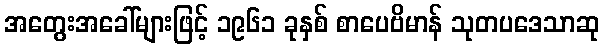
အတွေးအခေါ်များဖြင့် ၁၉၆၁ ခုနှစ် စာပေဗိမာန် သုတပဒေသာဆု